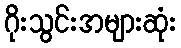
ဂိုးသွင်းအများဆုံး